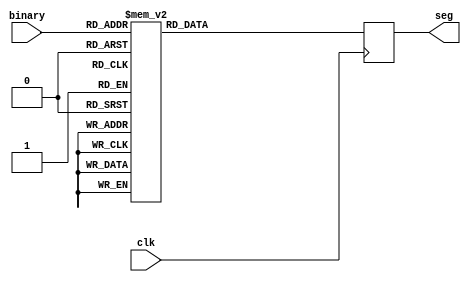
`timescale 1ns / 1ps
//////////////////////////////////////////////////////////////////////////////////
// Company: 
// Engineer: 
// 
// Design Name: 
// Module Name:    binto7seg 
// Project Name: 
// Target Devices: 
// Tool versions: 
// Description: 
//
// Dependencies: 
//
// Revision: 
// Revision 0.01 - File Created
// Additional Comments: 
//
//////////////////////////////////////////////////////////////////////////////////
module binto7seg(
	 input clk,
    input  [3:0] binary,
    output reg [6:0] seg
    );
always @(posedge clk)
case (binary)
4'b0000 :      //Hexadecimal 0
seg = 7'b1000000;
4'b0001 :    	//Hexadecimal 1
seg = 7'b1111001;
4'b0010 :  		// Hexadecimal 2
seg = 7'b0100100; 
4'b0011 : 		// Hexadecimal 3
seg = 7'b0110000;
4'b0100 :		// Hexadecimal 4
seg = 7'b0011001;
4'b0101 :		// Hexadecimal 5
seg = 7'b0010010;  
4'b0110 :		// Hexadecimal 6
seg = 7'b0000010;
4'b0111 :		// Hexadecimal 7
seg = 7'b1111000;
4'b1000 :     	//Hexadecimal 8
seg = 7'b0000000;
4'b1001 :    	//Hexadecimal 9
seg = 7'b0010000;
4'b1010 :  		// Hexadecimal A
seg = 7'b0001000; 
4'b1011 : 		// Hexadecimal B
seg = 7'b0000011;
4'b1100 :		// Hexadecimal C
seg = 7'b1000110;
4'b1101 :		// Hexadecimal D
seg = 7'b0100001;
4'b1110 :		// Hexadecimal E
seg = 7'b0000110;
4'b1111 :		// Hexadecimal F
seg = 7'b0001110;
endcase
 
endmodule